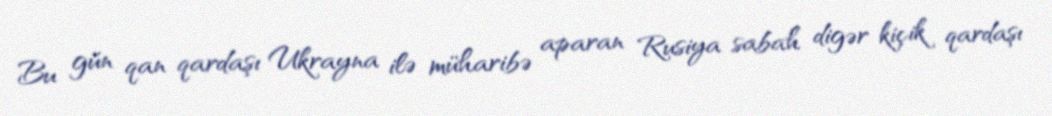
Bu gün qan qardaşı Ukrayna ilə müharibə aparan Rusiya sabah digər kiçik qardaşı